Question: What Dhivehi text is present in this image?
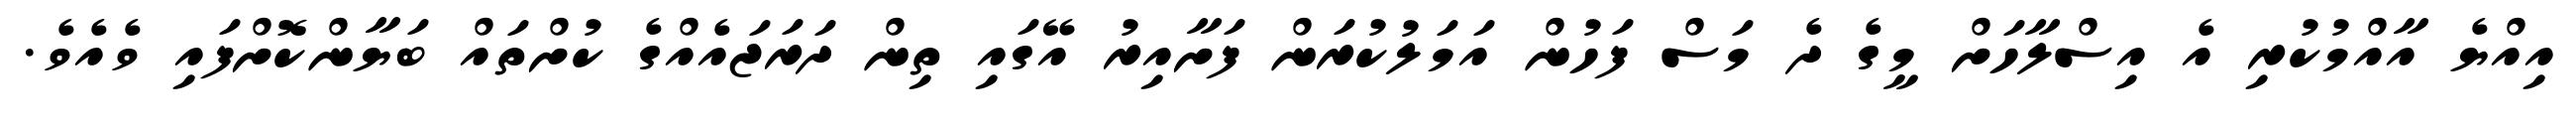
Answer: އިއްޔެ އާއްމުކުރި އެ އިސްލާހަށް މީގެ ދެ މަސް ފަހުން އަމަލުކުރަން ފަށާއިރު އޭގައި ތިން ދަރަޖައެއްގެ ކުށްތައް ބަޔާންކޮށްފައި ވެއެވެ.